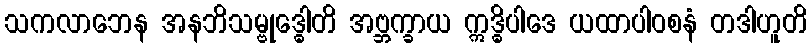
သကလာဘေန အနဘိသမ္ဗုဒ္ဓေါတိ အဗ္ဘက္ခာယ ဣဒ္ဓိပါဒေ ယထာပါဝစနံ တဒါဟူတိ